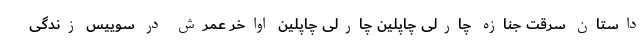
داستان سرقت جنازه چارلی چاپلین چارلی چاپلین اواخر عمرش در سوییس زندگی